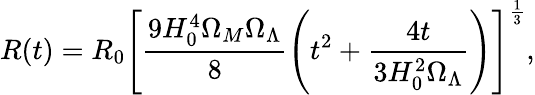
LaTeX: R(t)=R_{0}\left[\frac{9H_{0}^{4}\Omega_{M}\Omega_{\Lambda}}{8}\left(t^{2}+\frac{4t}{3H_{0}^{2}\Omega_{\Lambda}}\right)\right]^{\frac{1}{3}},